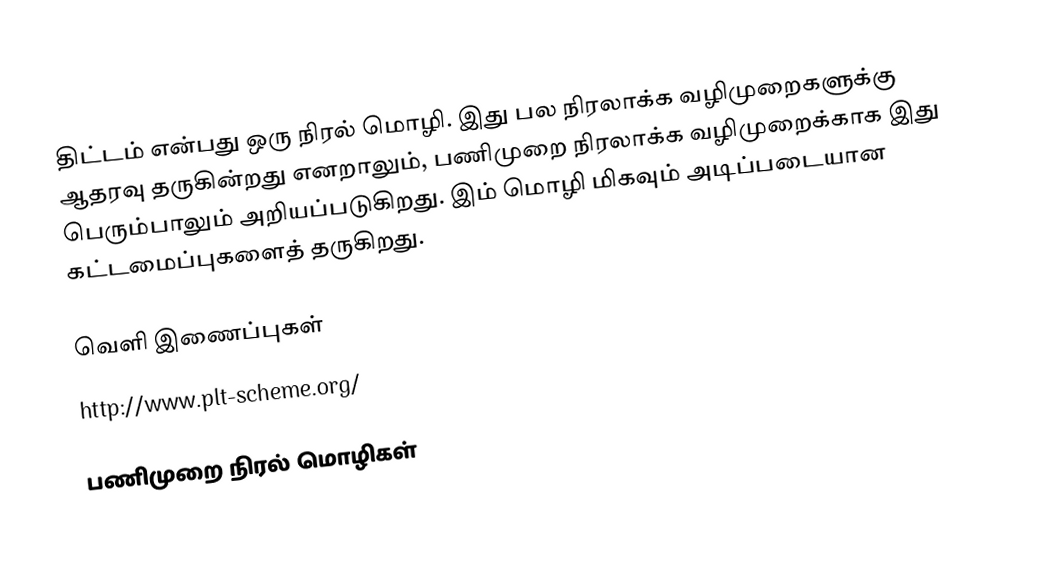
திட்டம் என்பது ஒரு நிரல் மொழி.  இது பல நிரலாக்க வழிமுறைகளுக்கு ஆதரவு தருகின்றது எனறாலும், பணிமுறை நிரலாக்க வழிமுறைக்காக இது பெரும்பாலும் அறியப்படுகிறது. இம் மொழி மிகவும் அடிப்படையான கட்டமைப்புகளைத் தருகிறது.

வெளி இணைப்புகள்
 http://www.plt-scheme.org/

பணிமுறை நிரல் மொழிகள்